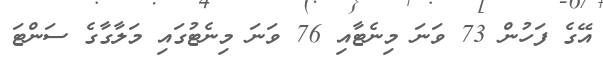
އޭގެ ފަހުން 73 ވަނަ މިނެޓާއި 76 ވަނަ މިނެޓުގައި މަލާގާގެ ސަންޓަ